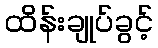
ထိန်းချုပ်ခွင့်